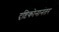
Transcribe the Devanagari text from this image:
दृष्टिकोनानंतर